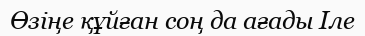
Өзіңе құйған соң да ағады Іле